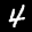
Label: 4